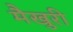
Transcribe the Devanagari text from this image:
मैखुरी